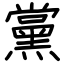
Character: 黨